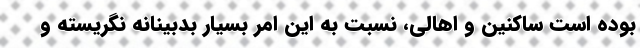
بوده است ساکنین و اهالی، نسبت به این امر بسیار بدبینانه نگریسته و